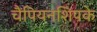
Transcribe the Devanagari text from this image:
चैंपियनशिपके